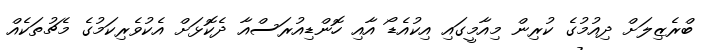
ބްރެޒިލަށް ދިއުމުގެ ކުރިން މިއާމީގައި އިކުއެޑޯ އާއި ހޮންޑިއުރަސްއާ ދެކޮޅަށް އެކުވެރިކަމުގެ މެޗުތަކެއް